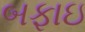
બફાઇ